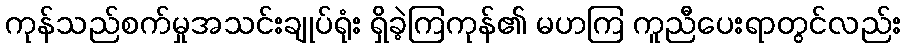
ကုန်သည်စက်မှုအသင်းချုပ်ရုံး ရှိခဲ့ကြကုန်၏ မဟကြ ကူညီပေးရာတွင်လည်း